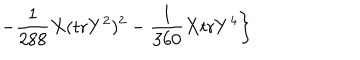
\left. - \frac { 1 } { 2 8 8 } X ( \mathrm { t r } Y ^ { 2 } ) ^ { 2 } - \frac { 1 } { 3 6 0 } X \mathrm { t r } Y ^ { 4 } \right\}